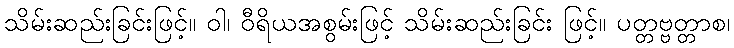
သိမ်းဆည်းခြင်းဖြင့်။ ဝါ၊ ဝီရိယအစွမ်းဖြင့် သိမ်းဆည်းခြင်း ဖြင့်။ ပတ္တဗ္ဗတ္တာစ၊